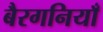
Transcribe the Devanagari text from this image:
बैरगनियाँ